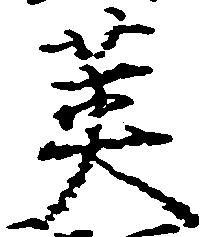
英